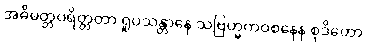
အဓိမတ္တပရိတ္တတာ ရူပသန္တာနေ သဗြဟ္မကဝစနေန စုဒိတော